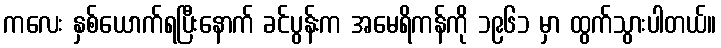
ကလေး နှစ်ယောက်ရပြီးနောက် ခင်ပွန်းက အမေရိကန်ကို ၁၉၆၁ မှာ ထွက်သွားပါတယ်။